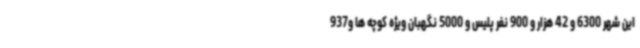
این شهر 6300 و 42 هزار و 900 نفر پلیس و 5000 نگهبان ویژه کوچه ها و937